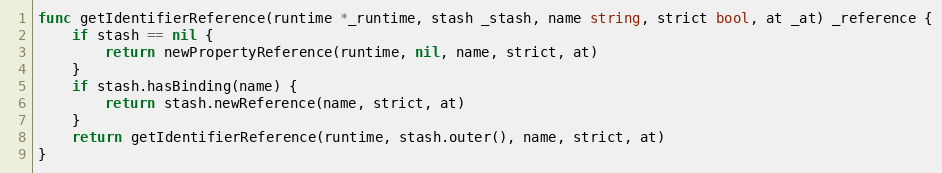
Language: Go
func getIdentifierReference(runtime *_runtime, stash _stash, name string, strict bool, at _at) _reference {
	if stash == nil {
		return newPropertyReference(runtime, nil, name, strict, at)
	}
	if stash.hasBinding(name) {
		return stash.newReference(name, strict, at)
	}
	return getIdentifierReference(runtime, stash.outer(), name, strict, at)
}